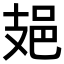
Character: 𨙾